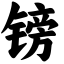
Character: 镑